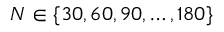
N \in \{ 3 0 , 6 0 , 9 0 , \dots , 1 8 0 \}